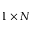
1 \times N